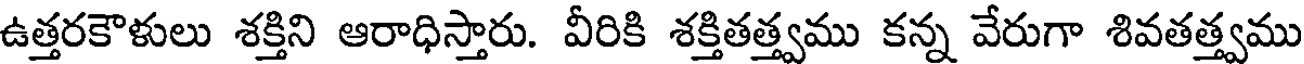
ఉత్తరకౌళులు శక్తిని ఆరాధిస్తారు. వీరికి శక్తితత్త్వము కన్న వేరుగా శివతత్త్వము